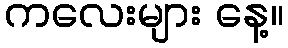
ကလေးများ နေ့။